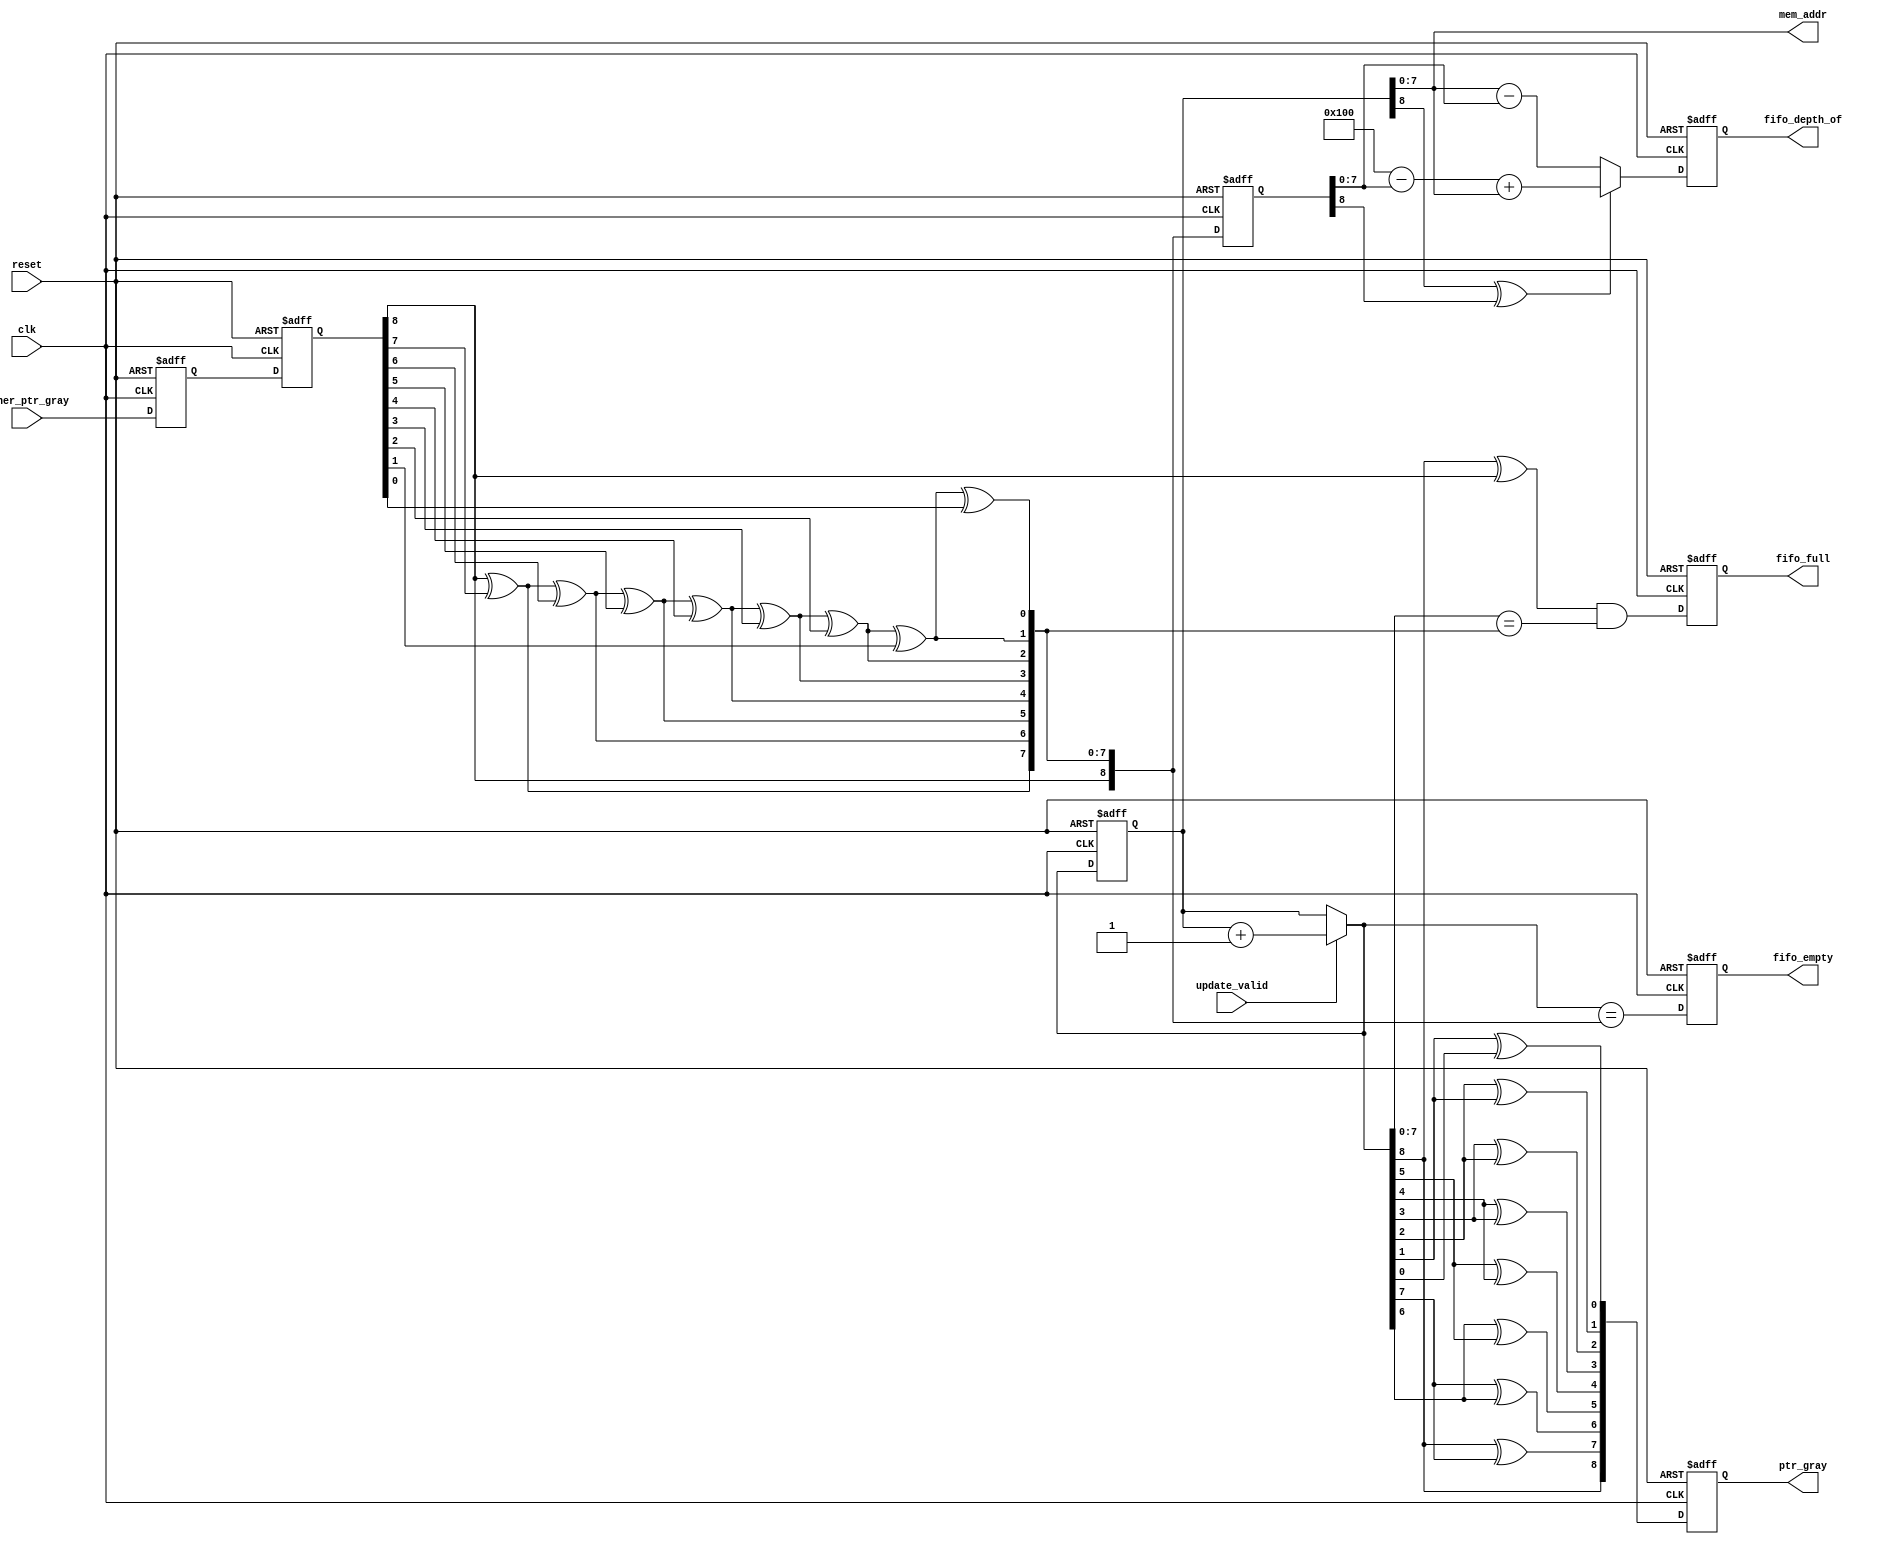
module async_fifo_calc #(parameter fifo_data_size = 8, fifo_ptr_size = 8) 
(
  // Clocks and resets:
  input                                   clk,
  input                                   reset,

  // FIFO Input Signals
  input                                   update_valid,
  input      [fifo_ptr_size:0]            other_ptr_gray,
  
  // FIFO Output Signals
  output     [fifo_ptr_size-1:0]          mem_addr,
  output reg [fifo_ptr_size:0]            ptr_gray,
  output reg                              fifo_full,
  output reg                              fifo_empty,
  output reg [fifo_ptr_size:0]            fifo_depth_of);

  wire [fifo_ptr_size:0] next_fifo_counter;
  reg  [fifo_ptr_size:0] fifo_counter;
  reg  [fifo_ptr_size:0] next_ptr_gray;
  reg  [fifo_ptr_size:0] other_ptr_bin;
  reg  [fifo_ptr_size:0] other_ptr_bin_reg;
  reg  [fifo_ptr_size:0] other_ptr_gray_sync;
  reg  [fifo_ptr_size:0] other_ptr_gray_sync2;
  wire                   next_fifo_full;
  wire                   next_fifo_empty;
  wire [fifo_ptr_size:0] next_fifo_depth_of; 
  wire                   next_fifo_almost_full;  
  integer                i,j;   

  parameter fifo_size = 1<<fifo_ptr_size;

  assign mem_addr = fifo_counter[fifo_ptr_size-1:0];

  // FIFO Counter:
  assign next_fifo_counter = (update_valid) ? fifo_counter + 'd1 :
                             fifo_counter;

  // Convert the Binary Counter to Gray Code:
  always @(*)
  begin
    next_ptr_gray = next_fifo_counter;
    for (i=fifo_ptr_size;i>=1;i=i-1)
      next_ptr_gray[i-1] = next_fifo_counter[i] ^ next_fifo_counter[i-1];
  end

  // Convert the other pointer to Binary:
  always @(*)
  begin
    other_ptr_bin = other_ptr_gray_sync2;
    for (j=fifo_ptr_size;j>=1;j=j-1)
      other_ptr_bin[j-1] = other_ptr_bin[j] ^ other_ptr_gray_sync2[j-1];
  end

  assign next_fifo_full  = (next_fifo_counter[fifo_ptr_size] ^ 
                            other_ptr_bin[fifo_ptr_size]) &
                           (next_fifo_counter[fifo_ptr_size-1:0] ==
                            other_ptr_bin[fifo_ptr_size-1:0]);
  assign next_fifo_empty = (next_fifo_counter == other_ptr_bin);

  assign next_fifo_depth_of = (fifo_counter[fifo_ptr_size] ^
                               other_ptr_bin_reg[fifo_ptr_size]) ?
                              (fifo_size - other_ptr_bin_reg[fifo_ptr_size-1:0]) +
                              fifo_counter[fifo_ptr_size-1:0] :
                              (fifo_counter[fifo_ptr_size-1:0] - 
                               other_ptr_bin_reg[fifo_ptr_size-1:0]);

  always @(posedge clk or posedge reset)
    if (reset) 
    begin
      fifo_counter           <= 'd0;
      ptr_gray               <= 'd0;
      other_ptr_bin_reg      <= 'd0;
      other_ptr_gray_sync    <= 'd0;
      other_ptr_gray_sync2   <= 'd0;
      fifo_full              <= 1'b0; 
      fifo_empty             <= 1'b1;
      fifo_depth_of          <= 'd0;
    end
    else
    begin
      fifo_counter           <= next_fifo_counter;
      ptr_gray               <= next_ptr_gray;
      other_ptr_bin_reg      <= other_ptr_bin;
      other_ptr_gray_sync    <= other_ptr_gray;
      other_ptr_gray_sync2   <= other_ptr_gray_sync;
      fifo_full              <= next_fifo_full; 
      fifo_empty             <= next_fifo_empty;
      fifo_depth_of          <= next_fifo_depth_of;
    end

endmodule